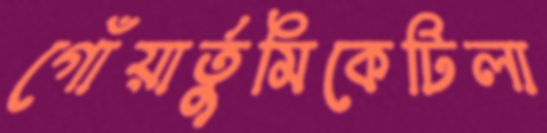
গোঁয়ার্তুমিকেটিলা